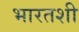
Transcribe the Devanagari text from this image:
भारतशी